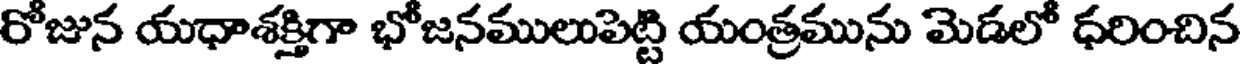
రోజున యధాశక్తిగా భోజనములుపెట్టి యంత్రమును మెడలో ధరించిన